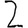
Digit: 2